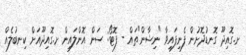
ށ.ގޮއިދޫ ގޮނޑުދޮށުން ފެނިފައިވާ "ނިޝާން"ތައް - ފޮޓޯ: ސަން އޮންލައިން ށ.ގޮއިދޫއަށް ކިނބުލެއް